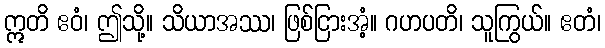
ဣတိ ဧဝံ၊ ဤသို့။ သိယာအဿ၊ ဖြစ်ငြားအံ့။ ဂဟပတိ၊ သူကြွယ်။ ဧတံ၊